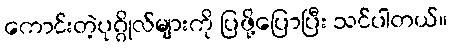
ကောင်းတဲ့ပုဂ္ဂိုလ်များကို ပြဖို့ပြောပြီး သင်ပါတယ်။